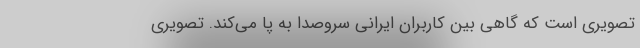
تصویری است که گاهی بین کاربران ایرانی سروصدا به پا می‌کند. تصویری